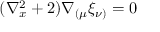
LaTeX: ( \nabla _ { x } ^ { 2 } + 2 ) \nabla _ { ( \mu } \xi _ { \nu ) } = 0